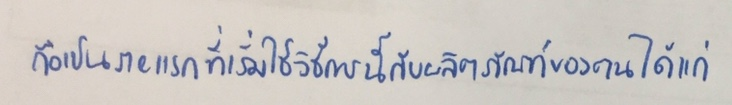
ถือเป็นรายแรกที่เริ่มใช้วิธีการนี้กับผลิตภัณฑ์ของตนได้แก่